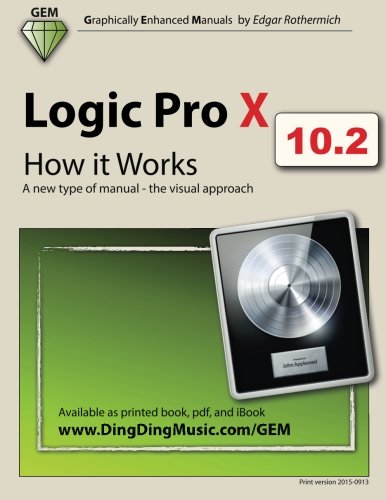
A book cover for Logic Pro X - How it Works: A new type of manual - the visual approach; Edgar Rothermich; Arts & Photography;